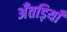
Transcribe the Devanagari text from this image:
अँतड़ियाँ